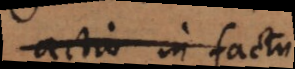
actio in fact